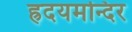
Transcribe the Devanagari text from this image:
ह्रदयमन्दिर